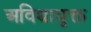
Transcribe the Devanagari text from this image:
अविद्यायुक्त